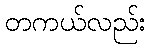
တကယ်လည်း